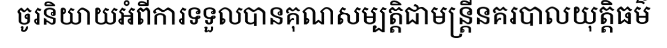
ចូរនិយាយអំពីការទទួលបានគុណសម្បត្តិជាមន្ត្រីនគរបាលយុត្តិធម៌